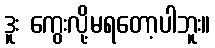
ဒူး ကွေးလို့မရတော့ပါဘူး။